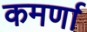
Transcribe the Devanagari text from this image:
कमर्णा